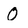
Character: O